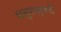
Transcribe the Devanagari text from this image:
चतुराक्षरी